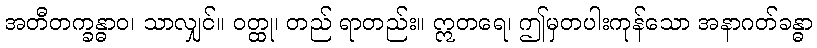
အတီတက္ခန္ဓာဝ၊ သာလျှင်။ ဝတ္ထု၊ တည် ရာတည်း။ ဣတရေ၊ ဤမှတပါးကုန်သော အနာဂတ်ခန္ဓာ